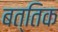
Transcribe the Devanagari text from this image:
बत्तिक